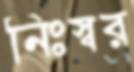
নিঃস্বর